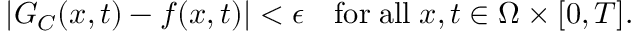
| G _ { C } ( \boldsymbol { x } , t ) - f ( \boldsymbol { x } , t ) | < \epsilon \quad \mathrm { f o r } \; \mathrm { a l l } \; \boldsymbol { x } , t \in \Omega \times [ 0 , T ] .